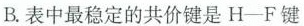
B.表中最稳定的共价键是H—F键